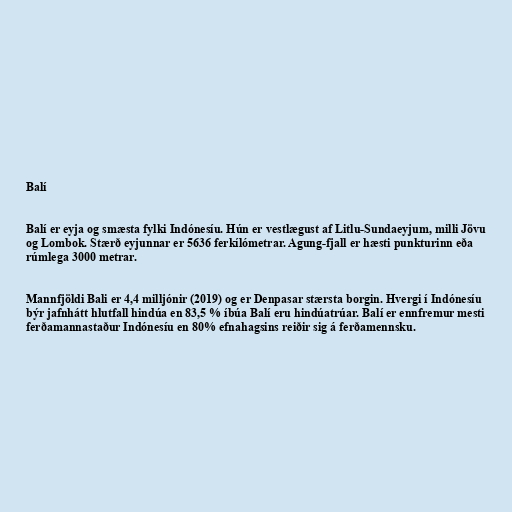
Balí

Balí er eyja og smæsta fylki Indónesíu. Hún er vestlægust af Litlu-Sundaeyjum, milli Jövu
og Lombok. Stærð eyjunnar er 5636 ferkílómetrar. Agung-fjall er hæsti punkturinn eða
rúmlega 3000 metrar.

Mannfjöldi Bali er 4,4 milljónir (2019) og er Denpasar stærsta borgin. Hvergi í Indónesíu
býr jafnhátt hlutfall hindúa en 83,5 % íbúa Balí eru hindúatrúar. Balí er ennfremur mesti
ferðamannastaður Indónesíu en 80% efnahagsins reiðir sig á ferðamennsku.